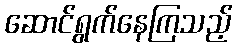
ဆောင်ရွက်နေကြသည့်